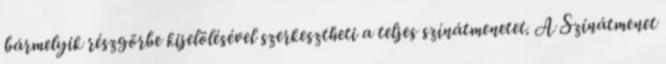
bármelyik részgörbe kijelölésével szerkesztheti a teljes színátmenetet. A Színátmenet